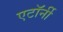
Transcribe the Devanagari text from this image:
एटाॅर्नी